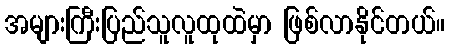
အများကြီးပြည်သူလူထုထဲမှာ ဖြစ်လာနိုင်တယ်။